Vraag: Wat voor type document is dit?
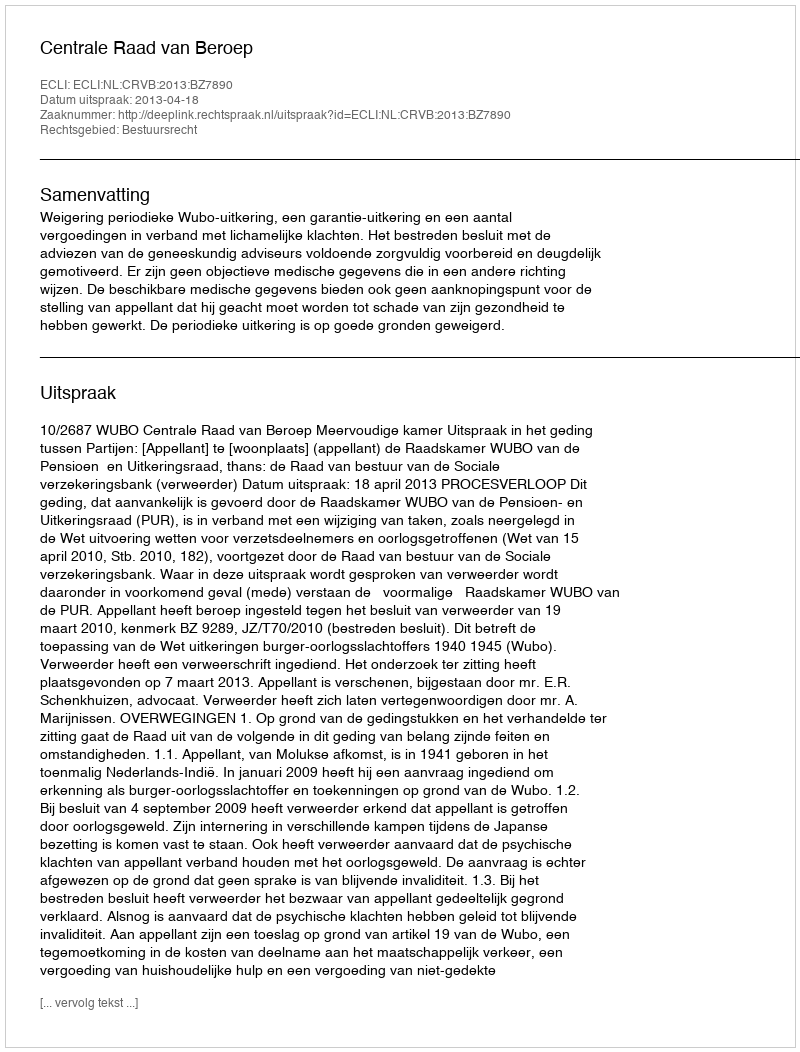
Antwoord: Uitspraak